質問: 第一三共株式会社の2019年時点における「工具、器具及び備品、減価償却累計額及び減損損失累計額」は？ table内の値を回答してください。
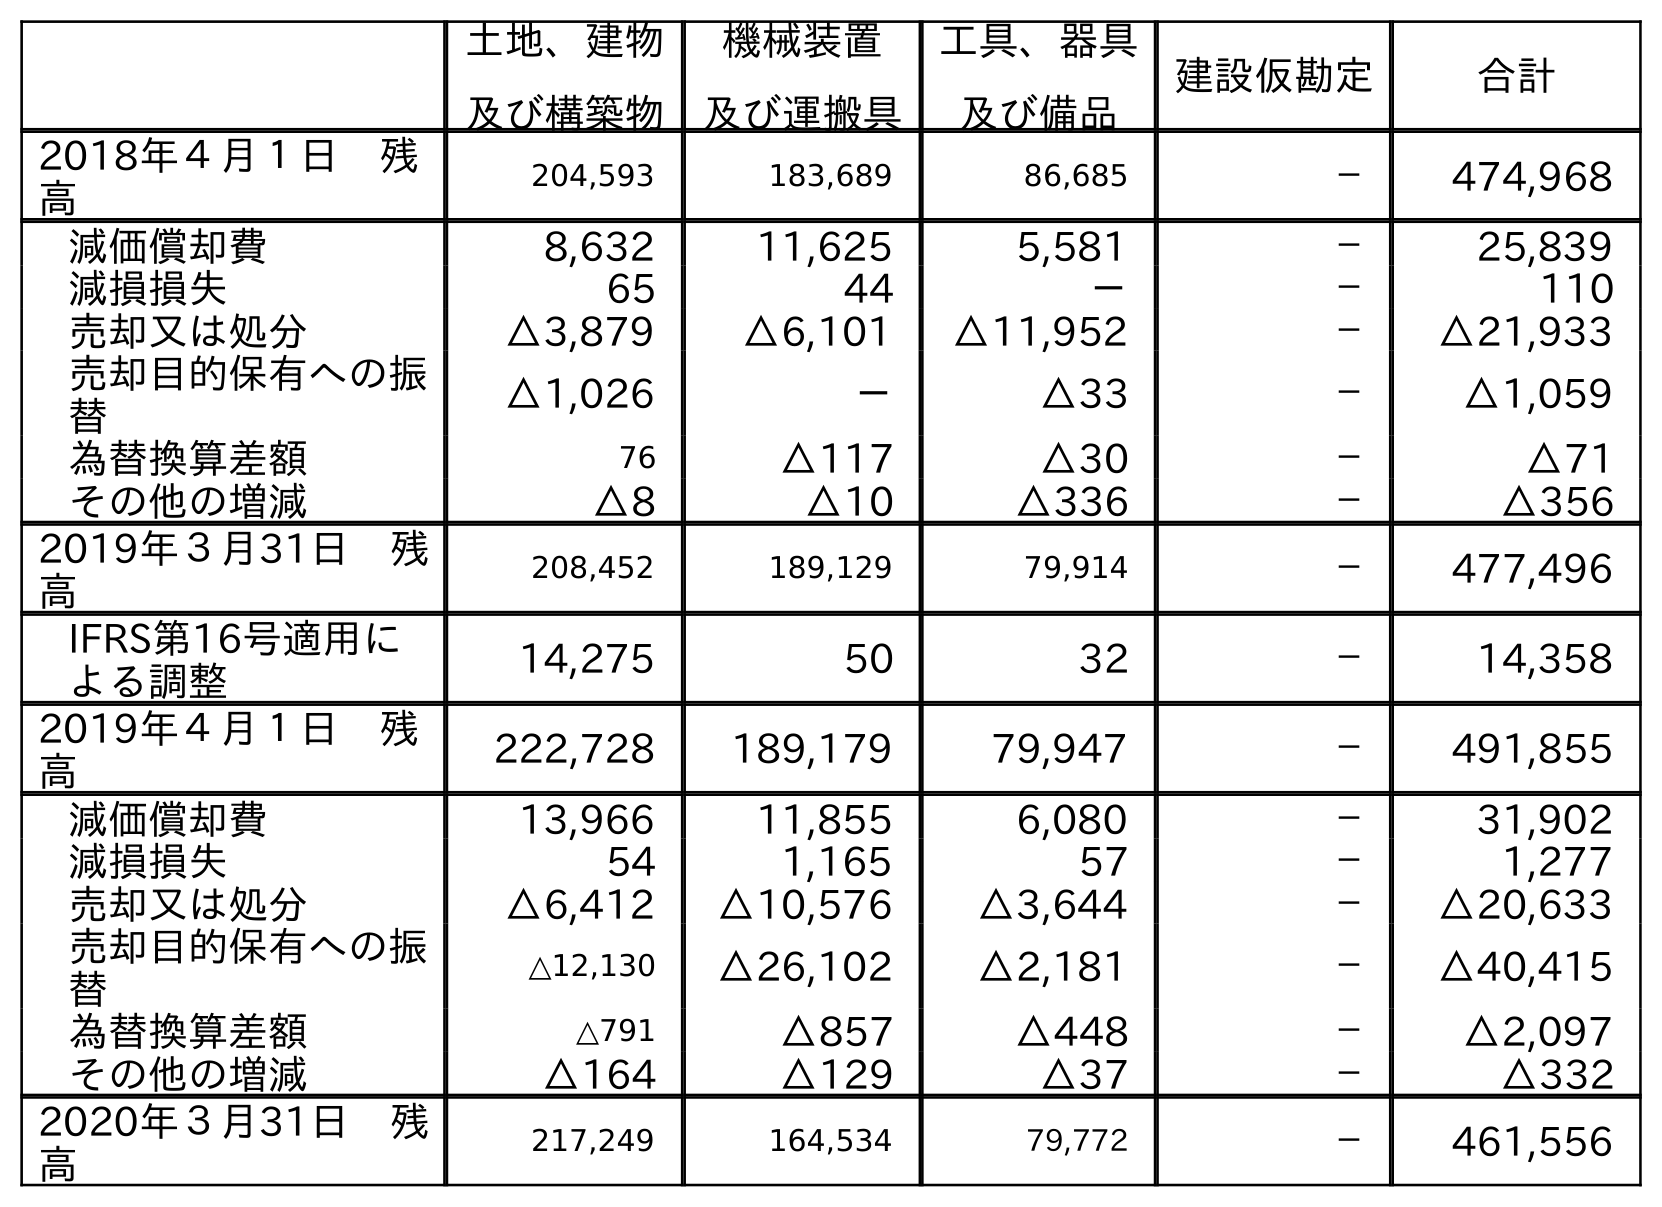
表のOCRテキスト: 土地、建物 及び構築物 機械装置 及び運搬具 工具、器具 及び備品 建設仮勘定 合計 2018年４月１日 残 高 204,593 183,689 86,685 － 474,968 減価償却費 8,632 11,625 5,581 － 25,839 減損損失 65 44 － － 110 売却又は処分 △3,879 △6,101 △11,952 － △21,933 売却目的保有への振 替 △1,026 － △33 － △1,059 為替換算差額 76 △117 △30 － △71 その他の増減 △8 △10 △336 － △356 2019年３月31日 残 高 208,452 189,129 79,914 － 477,496 IFRS第16号適用に よる調整 14,275 50 32 － 14,358 2019年４月１日 残 高 222,728 189,179 79,947 － 491,855 減価償却費 13,966 11,855 6,080 － 31,902 減損損失 54 1,165 57 － 1,277 売却又は処分 △6,412 △10,576 △3,644 － △20,633 売却目的保有への振 替 △12,130 △26,102 △2,181 － △40,415 為替換算差額 △791 △857 △448 － △2,097 その他の増減 △164 △129 △37 － △332 2020年３月31日 残 高 217,249 164,534 79,772 － 461,556
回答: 79,914